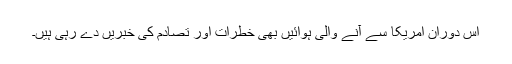
اس دوران امریکا سے آنے والی ہوائیں بھی خطرات اور تصادم کی خبریں دے رہی ہیں۔